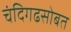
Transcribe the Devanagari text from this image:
चंदिगढसोबत